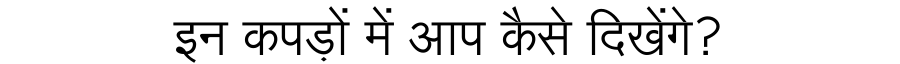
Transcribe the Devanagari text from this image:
इन कपड़ों में आप कैसे दिखेंगे?